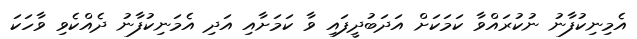
އެމިނިކުފާނު ނުކުރައްވާ ކަމަކަށް އަދަބުދީފައި ވާ ކަމަށާއި އަދި އެމަނިކުފާނު ދެއްކެވި ވާހަކަ